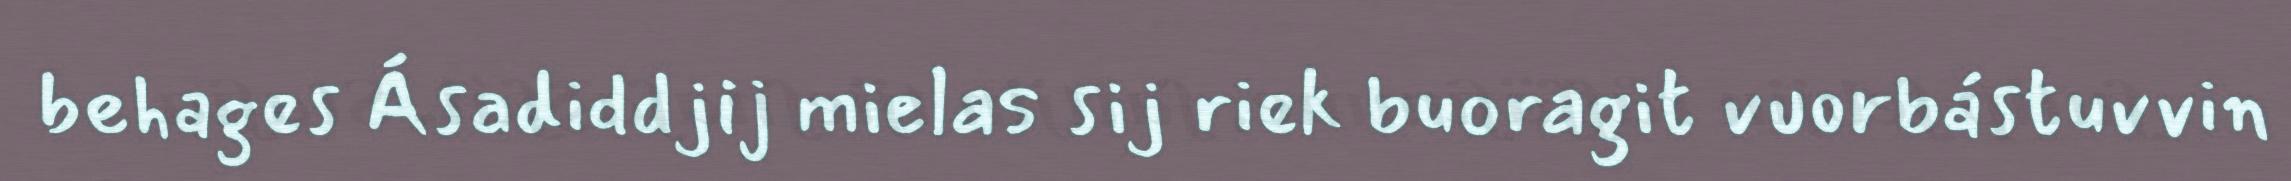
behages Ásadiddjij mielas sij riek buoragit vuorbástuvvin